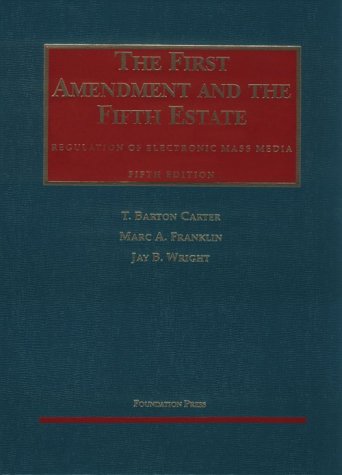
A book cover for The First Amendment and the Fifth Estate: Regulation of Electronic Mass Media (University Casebook Series); T. Barton Carter; Law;